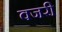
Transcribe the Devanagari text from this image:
वजरी